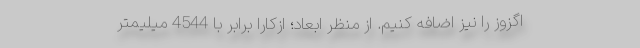
اگزوز را نیز اضافه کنیم. از منظر ابعاد؛ ازکارا برابر با 4544 میلیمتر